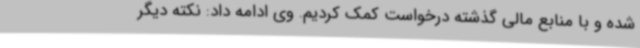
شده و با منابع مالی گذشته درخواست کمک کردیم. وی ادامه داد: نکته دیگر